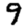
Digit: 9